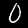
Digit: 0